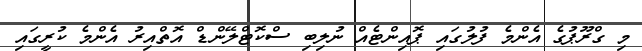
މި ގްރޫޕުގެ އެންމެ ފުލުގައި ޕޮއިންޓެއް ނުލިބި ސްކޮޓްލޭންޑް އޮތްއިރު އެންމެ ކުރީގައި